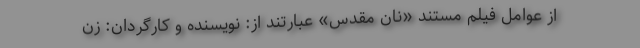
از عوامل فیلم مستند «نان مقدس» عبارتند از: نویسنده و کارگردان: زن